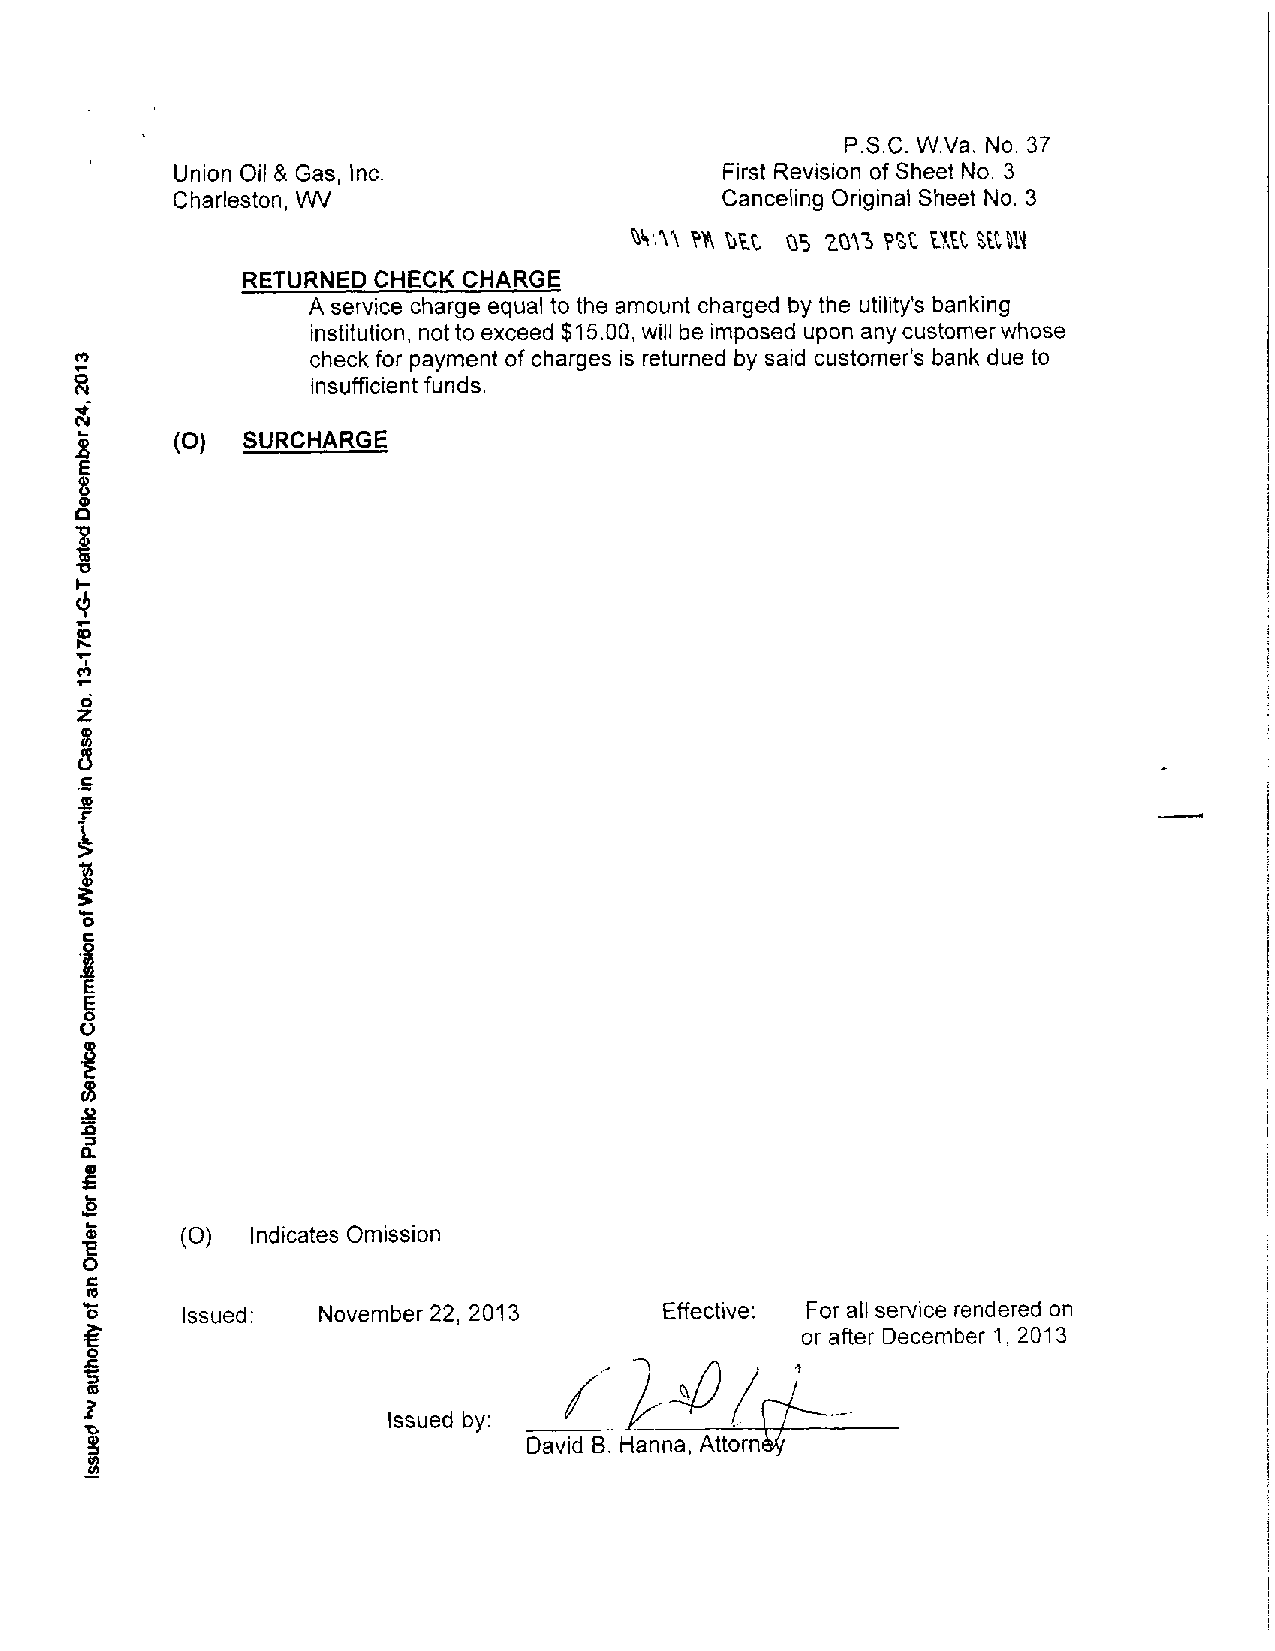
P.S.C.W.Va. No. 37
 .
 Union Oil& Gas, Inc                  First Revision of SheetNo. 3
 Charleston, WV                       CancelingOriginalSheet No. 3
 .
 su  as iwi nz m  %am
 RETURNEDCHECK  CHARGE
 A service charge equaltothe amount chargedby the utility'sbanking
 institution,nottoexceed$15,00,willbeimposeduponanycustomerwhose
 CO             check for payment of charges isreturnedby said customer's bank due to
 8              insufficientfunds
 ,
 a
 £
 (O)  SURCHARGE
 8
 I
 -
 t
 9
 S
 3
 b
 z
 k
 5
 1
 5
 E
 o
 I
 s
 a
 I
 £
 (O) Indicates Omission
 ro
 o     Issued:  November 22, 2013      Effective: For allservicerenderedon
 or after December 1, 2013
 A
 I
 1                                            fr
 Issued by:
 T>
 David B. Hanna, Attorney